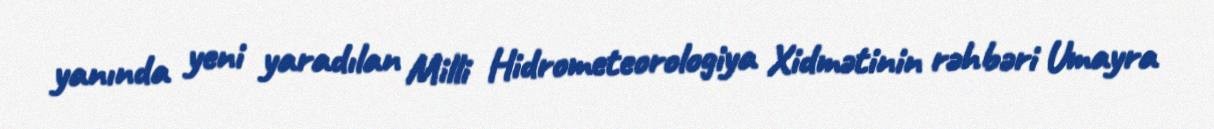
yanında yeni yaradılan Milli Hidrometeorologiya Xidmətinin rəhbəri Umayra